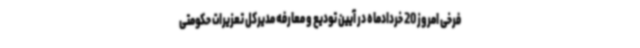
فرخی امروز 20 خردادماه در آیین تودیع و معارفه مدیرکل تعزیرات حکومتی